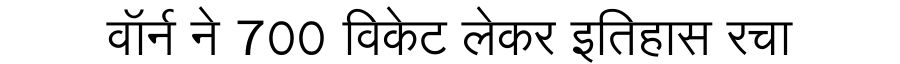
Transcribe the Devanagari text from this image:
वॉर्न ने 700 विकेट लेकर इतिहास रचा